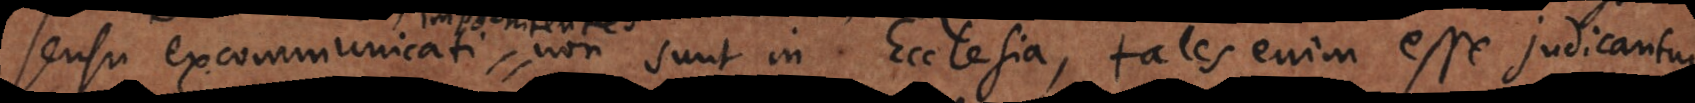
sensu excommunicati non sunt in Ecclesia, tales enim esse judicantur,